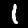
Digit: 1